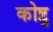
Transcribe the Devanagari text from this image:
कोष्टु